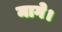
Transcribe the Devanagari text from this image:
मागे।